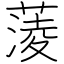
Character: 蔆